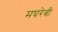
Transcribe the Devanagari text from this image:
मघरेबी